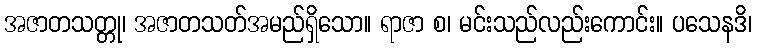
အဇာတသတ္တု၊ အဇာတသတ်အမည်ရှိသော။ ရာဇာ စ၊ မင်းသည်လည်းကောင်း။ ပသေနဒိ၊